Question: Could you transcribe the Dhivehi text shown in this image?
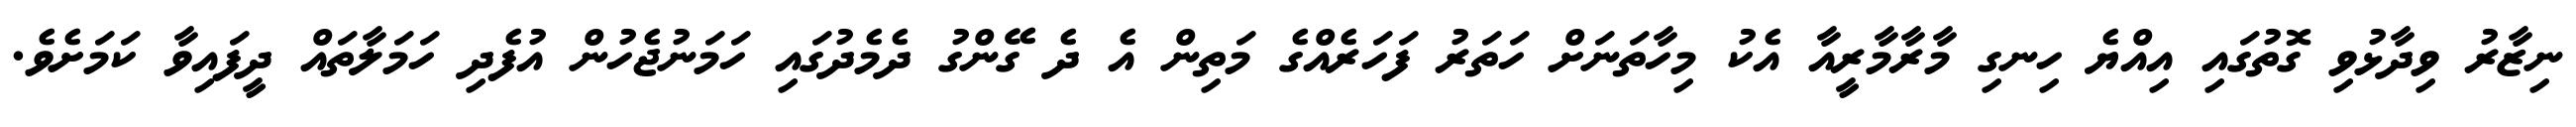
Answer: ނިޒާރު ވިދާޅުވި ގޮތުގައި އިއްޔެ ހިނގި މާރާމާރީއާ އެކު މިހާތަނަށް ހަތަރު ފަހަރެއްގެ މަތިން އެ ދެ ގޭންގު ދެމެދުގައި ހަމަނުޖެހުން އުފެދި ހަމަލާތައް ދީފައިވާ ކަމަށެވެ.